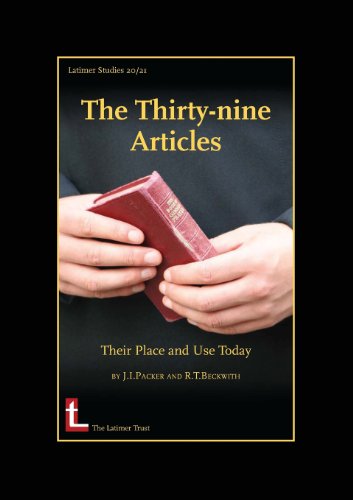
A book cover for The Thirty-Nine Articles: Their Place and Use Today; James I. Packer; Christian Books & Bibles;